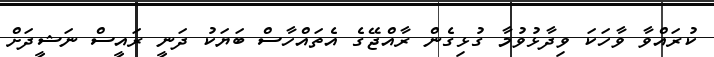
ކުރައްވާ ވާހަކަ ވިދާޅުވުމާ ގުޅިގެން ރާއްޖޭގެ އެތައްހާސް ބަޔަކު ދަނީ ރައީސް ނަޝީދަށް